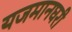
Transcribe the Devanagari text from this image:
यजमानघरी